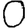
Digit: 0